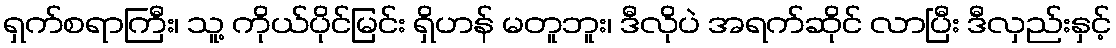
ရှက်စရာကြီး၊ သူ့ ကိုယ်ပိုင်မြင်း ရှိဟန် မတူဘူး၊ ဒီလိုပဲ အရက်ဆိုင် လာပြီး ဒီလှည်းနှင့်